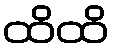
ထိထိ